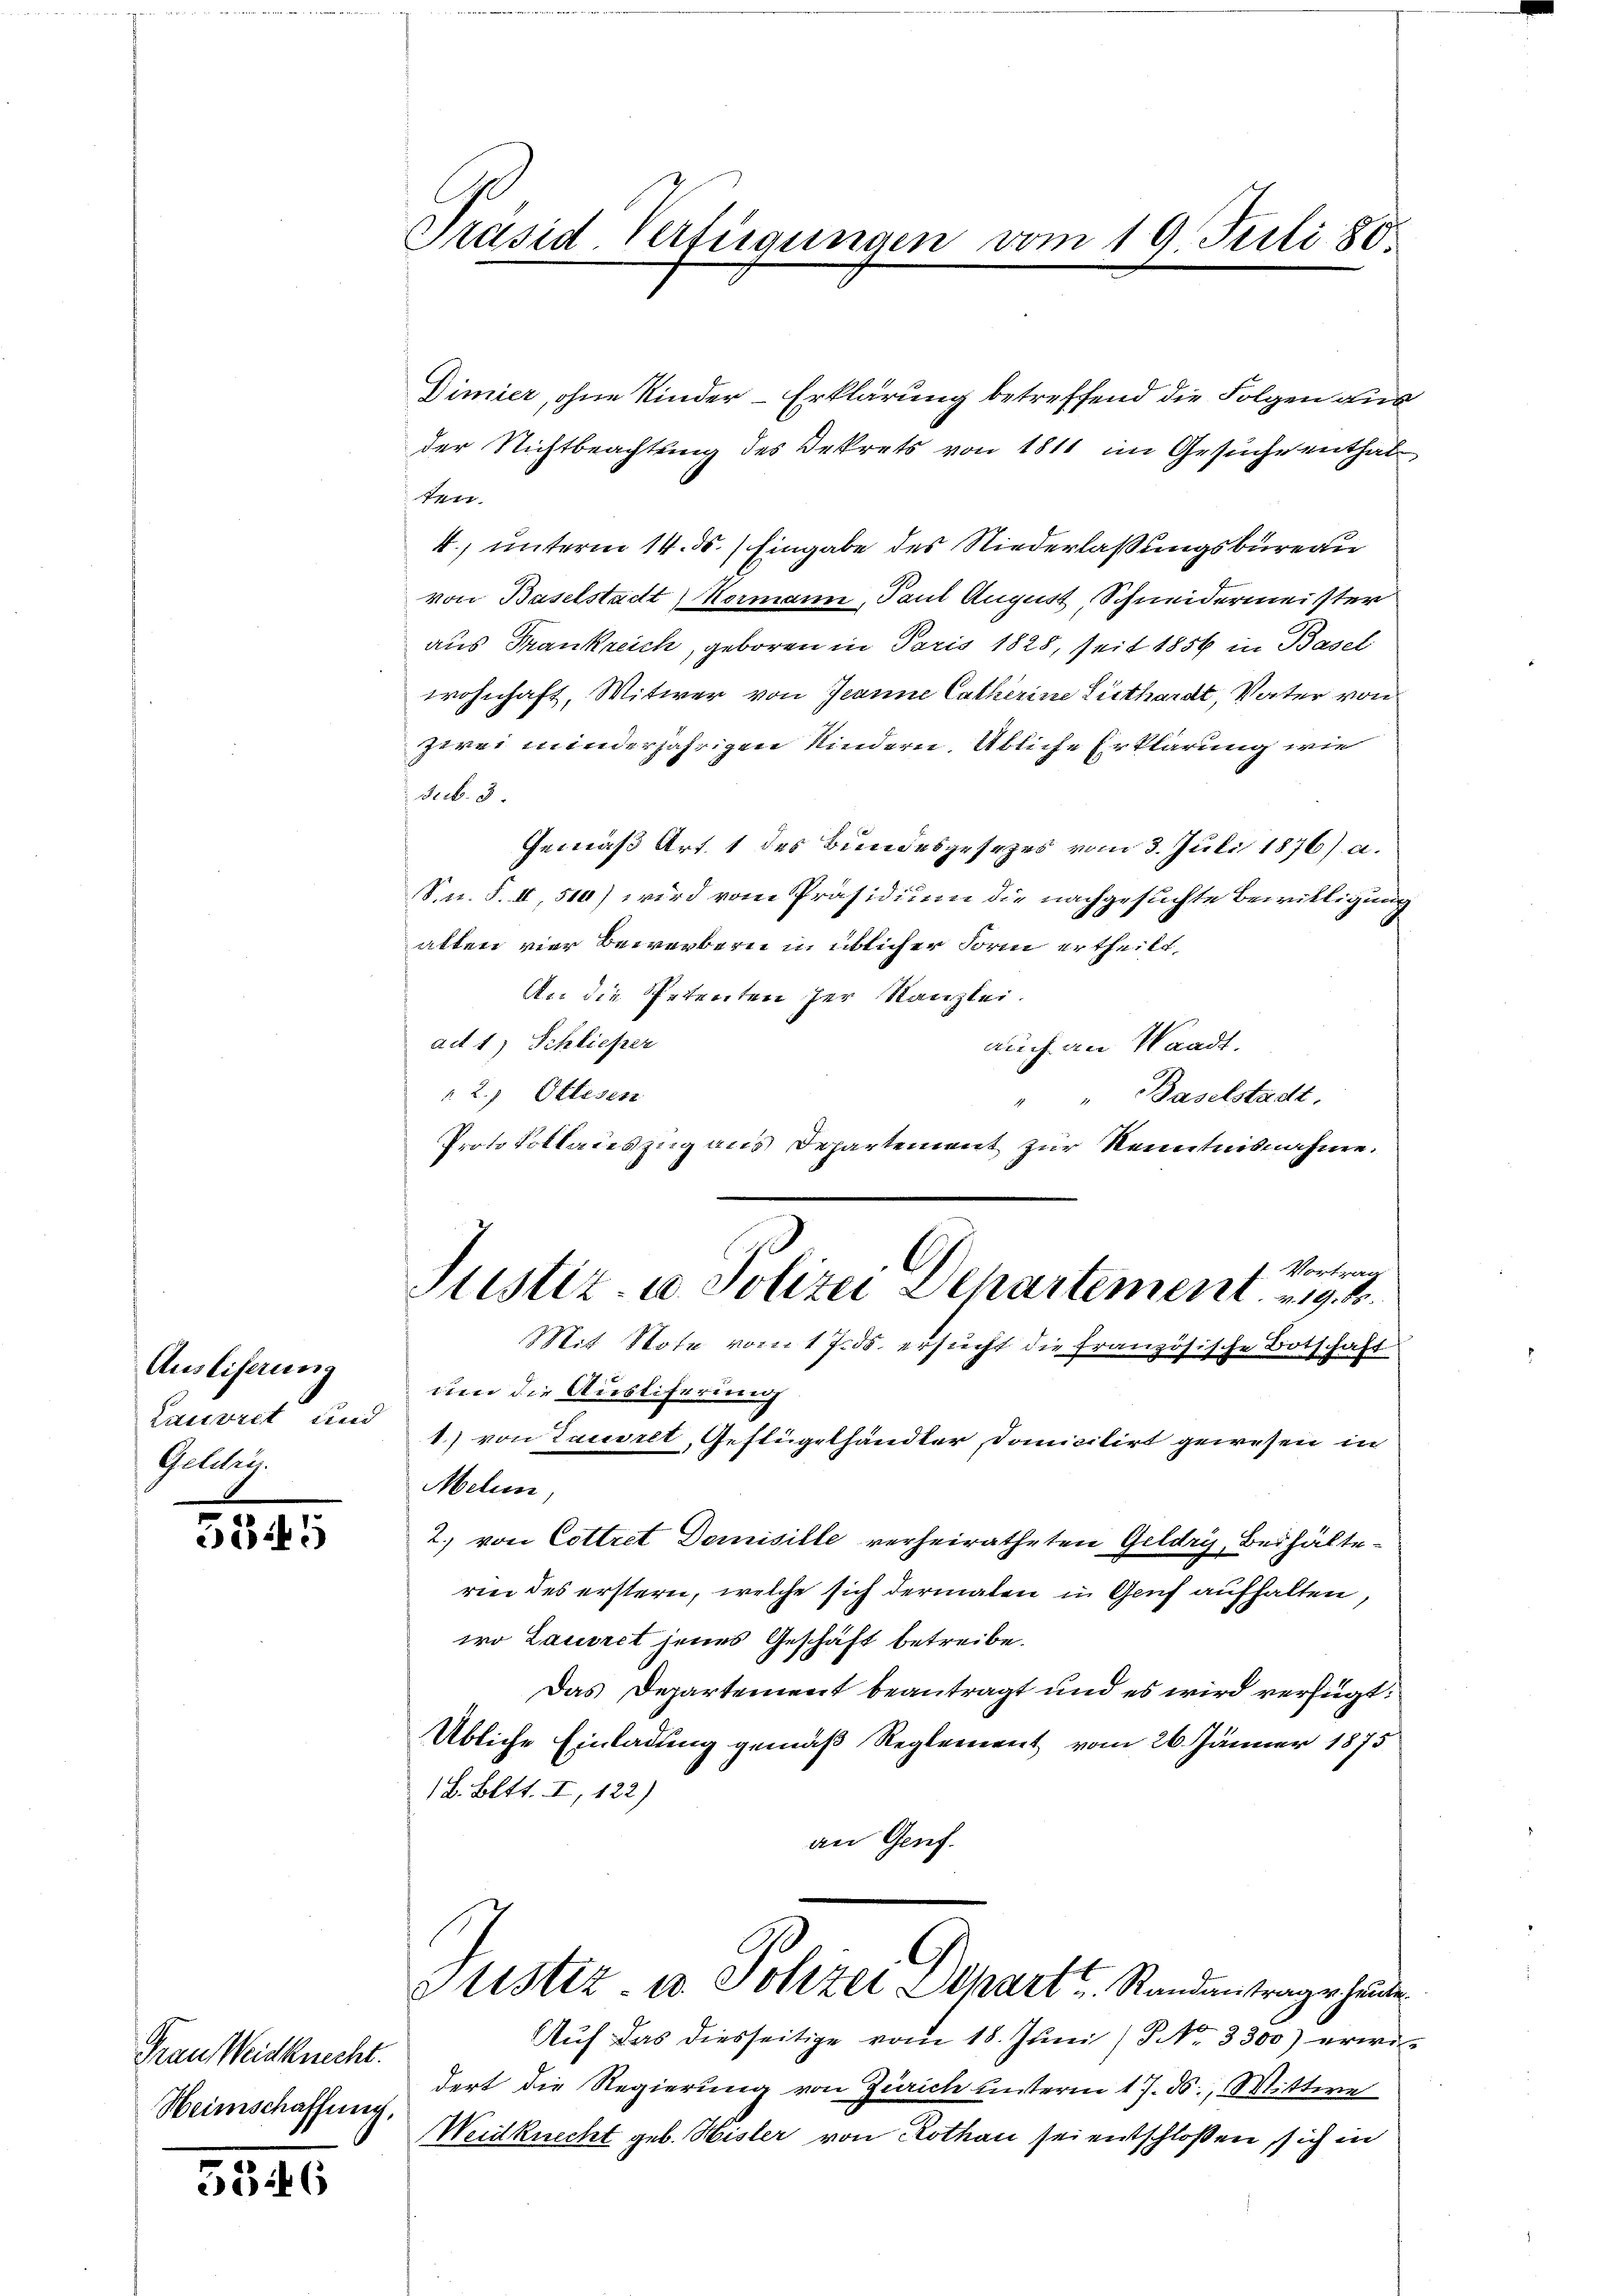
Ausliferung
Lauvret und
Gelden.

3345

Frau Weidknecht.
Heimschaffung.

5346

Präsid Verfügungen vom 19. Juli 180

Dimier, ohne Kinder-Erklärung betreffend die Folgen aus
der Nichtbeachtung des Dekrets von 1811 im Gesuche enthal
7
4) unterm 14. ds. Eingabe des Niederlaßungsbureau
von Baselstadt, Normann, Paul August Schneidermeister
aus Frankreich, geboren in Paris 1828, seit 1856 in Basel
wohnhaft, Witwer von Jeanne Catherine Lüthardt, Vater von
zwei minderjährigen Kindern. Abliche Erklärung wie
secb. 3.
Gemäß Art. 1 des Bundesgesezes vom 3. Juli 1876 a.
Sn. S. II, 510) wird vom Präsidium die nachgesuchte Bewilligung
alten vier Bewerbern in üblicher Form ertheilt,
An die Petenten der Kanzlei.
adt 1) Schließer
auch an Waadt.
 2. Ottesen
" " Baselstadt.
Protokollaieszug aus Departement zur Kenntnisnahme.
um die Ausliferung
1) von Tauselt, Gestügelhändler domicitirt gewesen in
Mehun
2. von Cottret Domisille verheiratheten Geldry, Beihälteren des erstern, welche sich dermalen in Genf aufhalten,
wo Laueret jenes Geschäft betreibe.
Das Departement beantragt und es wird verfügt:
Übliche Einladung gemäß Reglement vom 26. Jänner 1875
1L. Bett. I, 122)
an Genf.
1
Ustiz- u. Johzer Depart Randantrage hande
Aŭf das diesseitige vom 18. Juni / NNo. 3300) erwirdert die Regierung von Zürich unterm 17. ds., Wittwe
Weidknecht geb. Hisler von Rothan sei entschlossen, sich in

l
1. Vortrag
Justiz- u. Polizei Departement u. k.
Mit Note vom 17. ds. ersucht die französische Botschaft